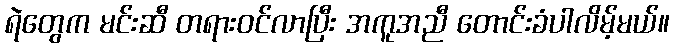
ရဲတွေက မင်းဆီ တရားဝင်လာပြီး အကူအညီ တောင်းခံပါလိမ့်မယ်။